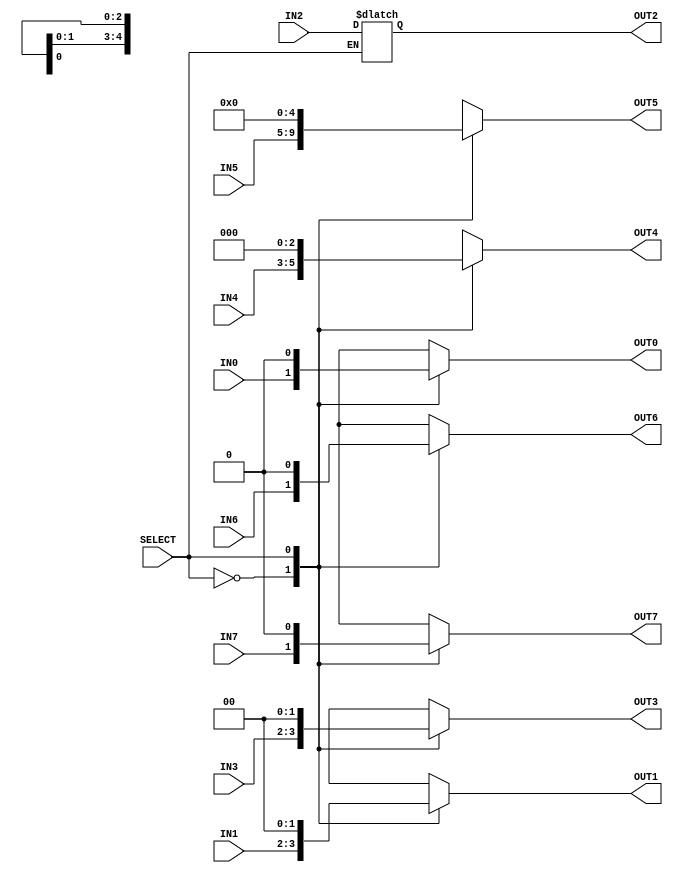

 /*______________________________________________________________________________
  |                                                                              |
  |  File Name         -mux_4x1-32bit.v                                          |
  |  Created By        -Group1(E17)                                              |
  |  Project/ Course   -CO502                                                    |
  |  Institute         -University of peradeniya                                 |
  |  Date              -05.04.2023                                               |
  |  Discription       -Mux                                                      |
  |______________________________________________________________________________|
  
*/
module mux_cs(IN0, IN1, IN2, IN3,IN4, IN5, IN6, IN7 ,OUT0,OUT1,OUT2,OUT3,OUT4,OUT5,OUT6,OUT7, SELECT);

    //declare the ports
    input  IN0;
    input [1:0] IN1;
    input [2:0] IN2;
    input [1:0] IN3;
    input [2:0] IN4;
    input [4:0] IN5;
    input  IN6;
    input  IN7;
    output reg  OUT0;
    output reg [1:0] OUT1;
    output reg [2:0] OUT2;
    output reg [1:0] OUT3;
    output reg [2:0] OUT4;
    output reg [4:0] OUT5;
    output reg  OUT6;
    output reg  OUT7;
    input SELECT;
   

    
    // assign OUT = (SELECT == 2'b11) ? IN3 : (SELECT == 2'b10) ? IN2 : (SELECT == 2'b01) ? IN1 : IN0;

    always @ (*) begin
        case (SELECT)
            1'b0: 
            begin
                OUT0=IN0;
                OUT1=IN1;
                OUT2=IN2;
                OUT3=IN3;
                OUT4=IN4;
                OUT5=IN5;
                OUT6=IN6;
                OUT7=IN7;
             end
             1'b1:
             begin
                OUT0=1'b0;;
                OUT1=2'b00;;
                OUT3=3'b000;;
                OUT3=2'b00;;
                OUT4=2'b00;;
                OUT5=5'b00000;;
                OUT6=1'b0;;
                OUT7=1'b0;;

             end


           
        endcase
    end

endmodule